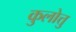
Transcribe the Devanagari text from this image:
कुलोत्तु